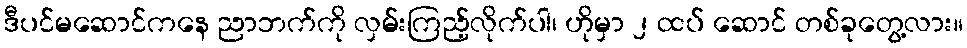
ဒီပင်မဆောင်ကနေ ညာဘက်ကို လှမ်းကြည့်လိုက်ပါ၊ ဟိုမှာ ၂ ထပ် ဆောင် တစ်ခုတွေ့လား။